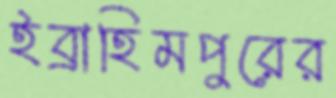
ইব্রাহিমপুরের